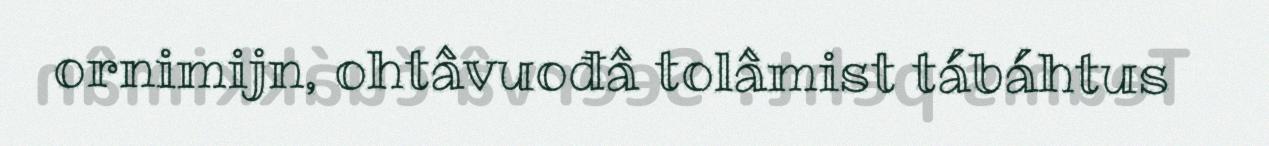
ornimijn, ohtâvuođâ tolâmist tábáhtus